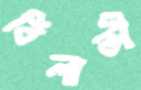
বিলাতী